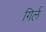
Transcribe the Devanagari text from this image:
गिर्ल